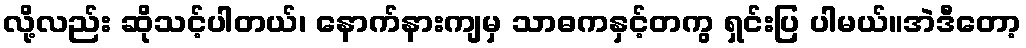
လို့လည်း ဆိုသင့်ပါတယ်၊ နောက်နားကျမှ သာဓကနှင့်တကွ ရှင်းပြ ပါမယ်။အဲဒီတော့